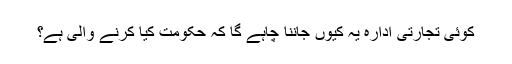
کوئی تجارتی ادارہ یہ کیوں جاننا چاہے گا کہ حکومت کیا کرنے والی ہے؟